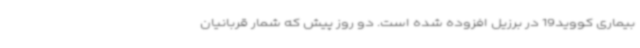
بیماری کووید19 در برزیل افزوده شده است. دو روز پیش که شمار قربانیان